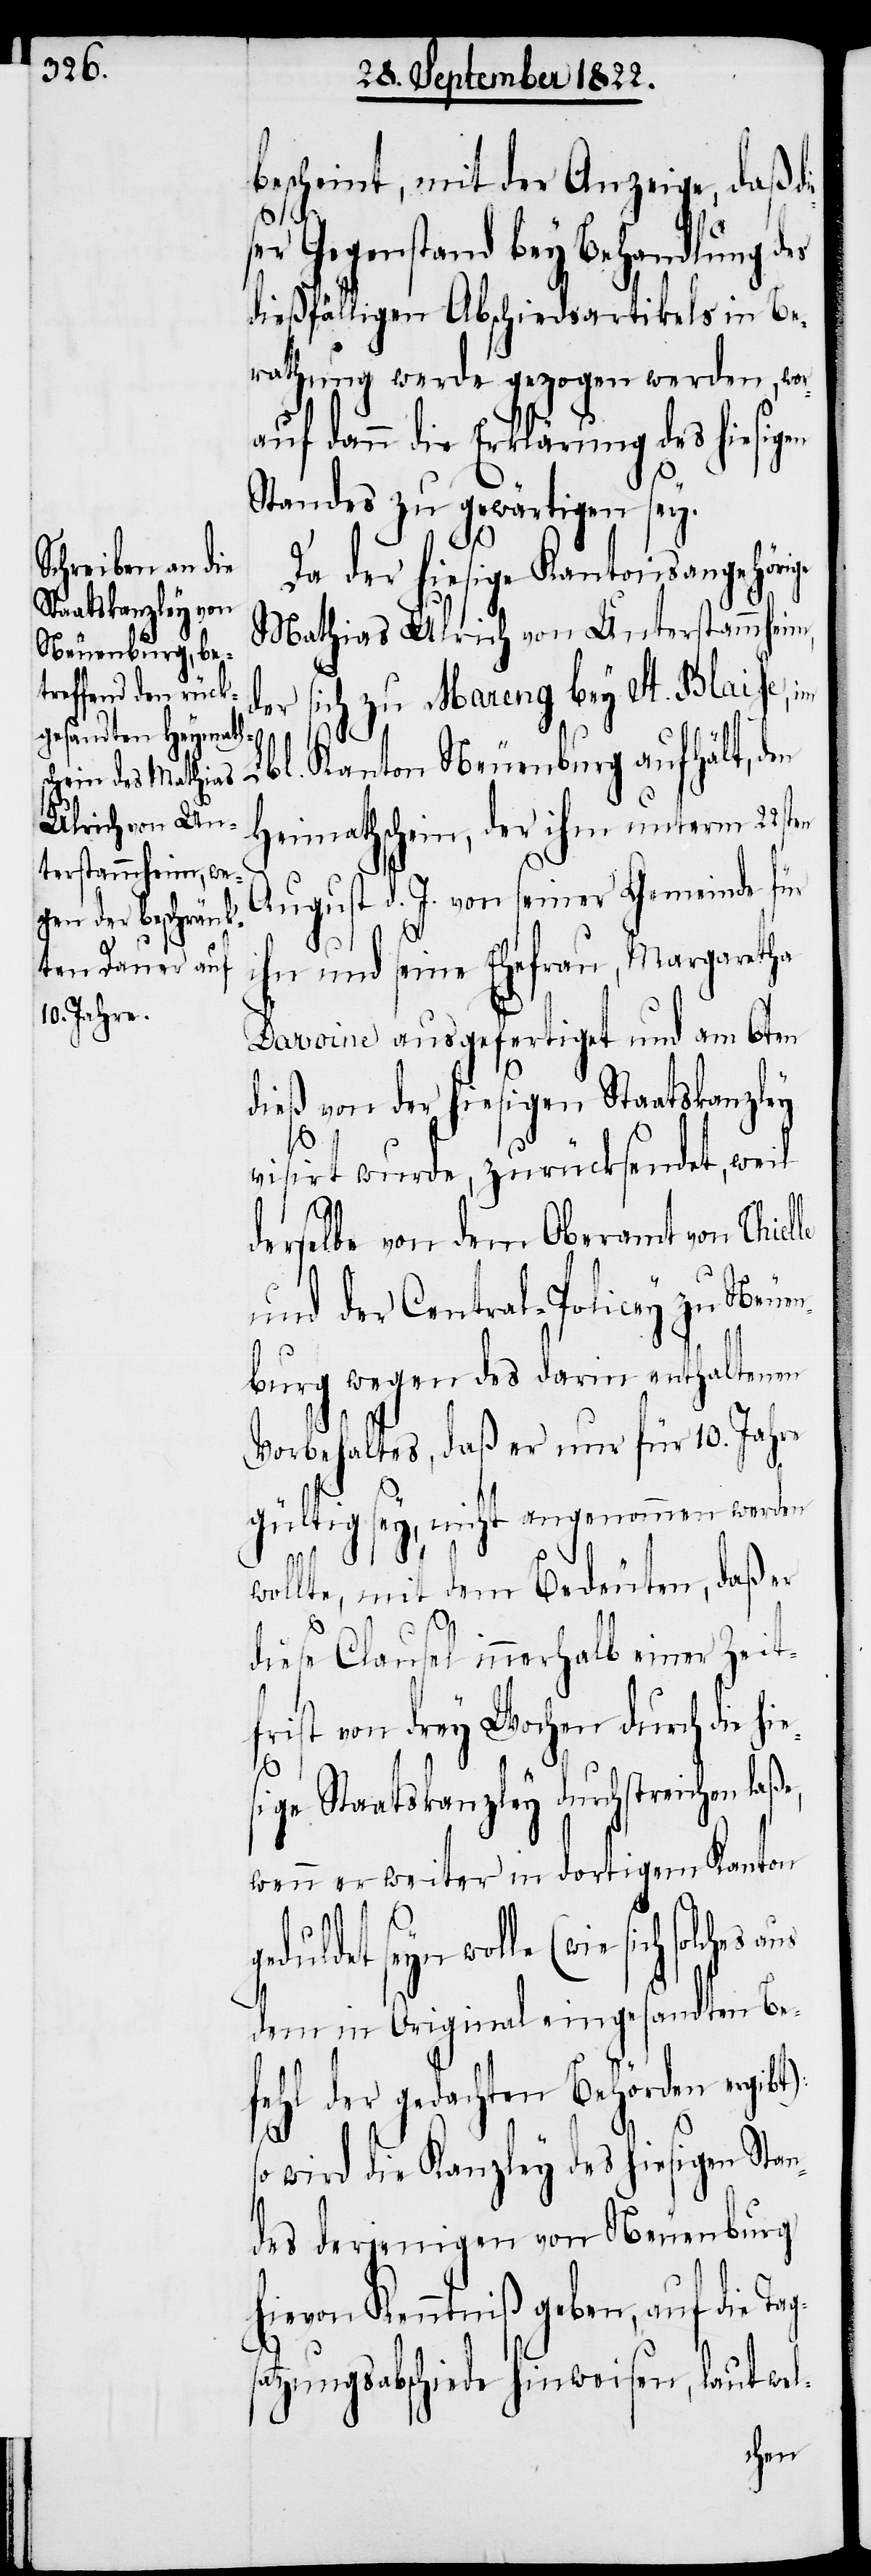
bescheint, mit der Anzeige, daß di¬
er Gegenstand bey Behandlung des
dießfälligen Abschiedsartikels in Be¬
rathung werde gezogen werden, wor¬
auf dann die Erklärung des hiesigen
Standes zu gewärtigen sey.
Da der hiesige Kantonsangehör¬
Mathias Ulrich von Unterstammheim,
ich zu Mareng bey Lt. Blaise, im
hes
t):
Lbl. Kanton Neuenburg aufhält, den
Heimathschein, der ihm unterm 22st¬
August d. J. von seiner Gemeinde für
ihn und seine Ehefrau, Margaretha
Davoine ausgefertiget und am 6ten
dieß von der hiesigen Staatskanzley
visirt wurde, zurückgesendet, weil
derselbe von dem Oberamt von Chiel¬
und der Central-Policey zu Neuen¬
burg wegen des darin enthaltenen
Vorbehaltes, daß er nur für 10. Jahre
gültig sey, nicht angenommen werden
s¬
wollte, mit dem Bedeuten, daß er
diese Clausel innerhalb einer Zeit¬
frist von drey Wochen durch die h¬
sige Staatskanzley durchstreichen laß¬
wenn er weiter in dortigem Kanton
eduldet seyn wolle (wie sich solc¬
dem in Original eingesandten Be¬
fehl der gedachten Behörden ergib¬
so wird die Kanzley des hiesigen Stan¬
des derjenigen von Neuenburg
hievon Kenntniß geben, auf die Tag¬
atzungsabschiede hinweisen, laut wel-